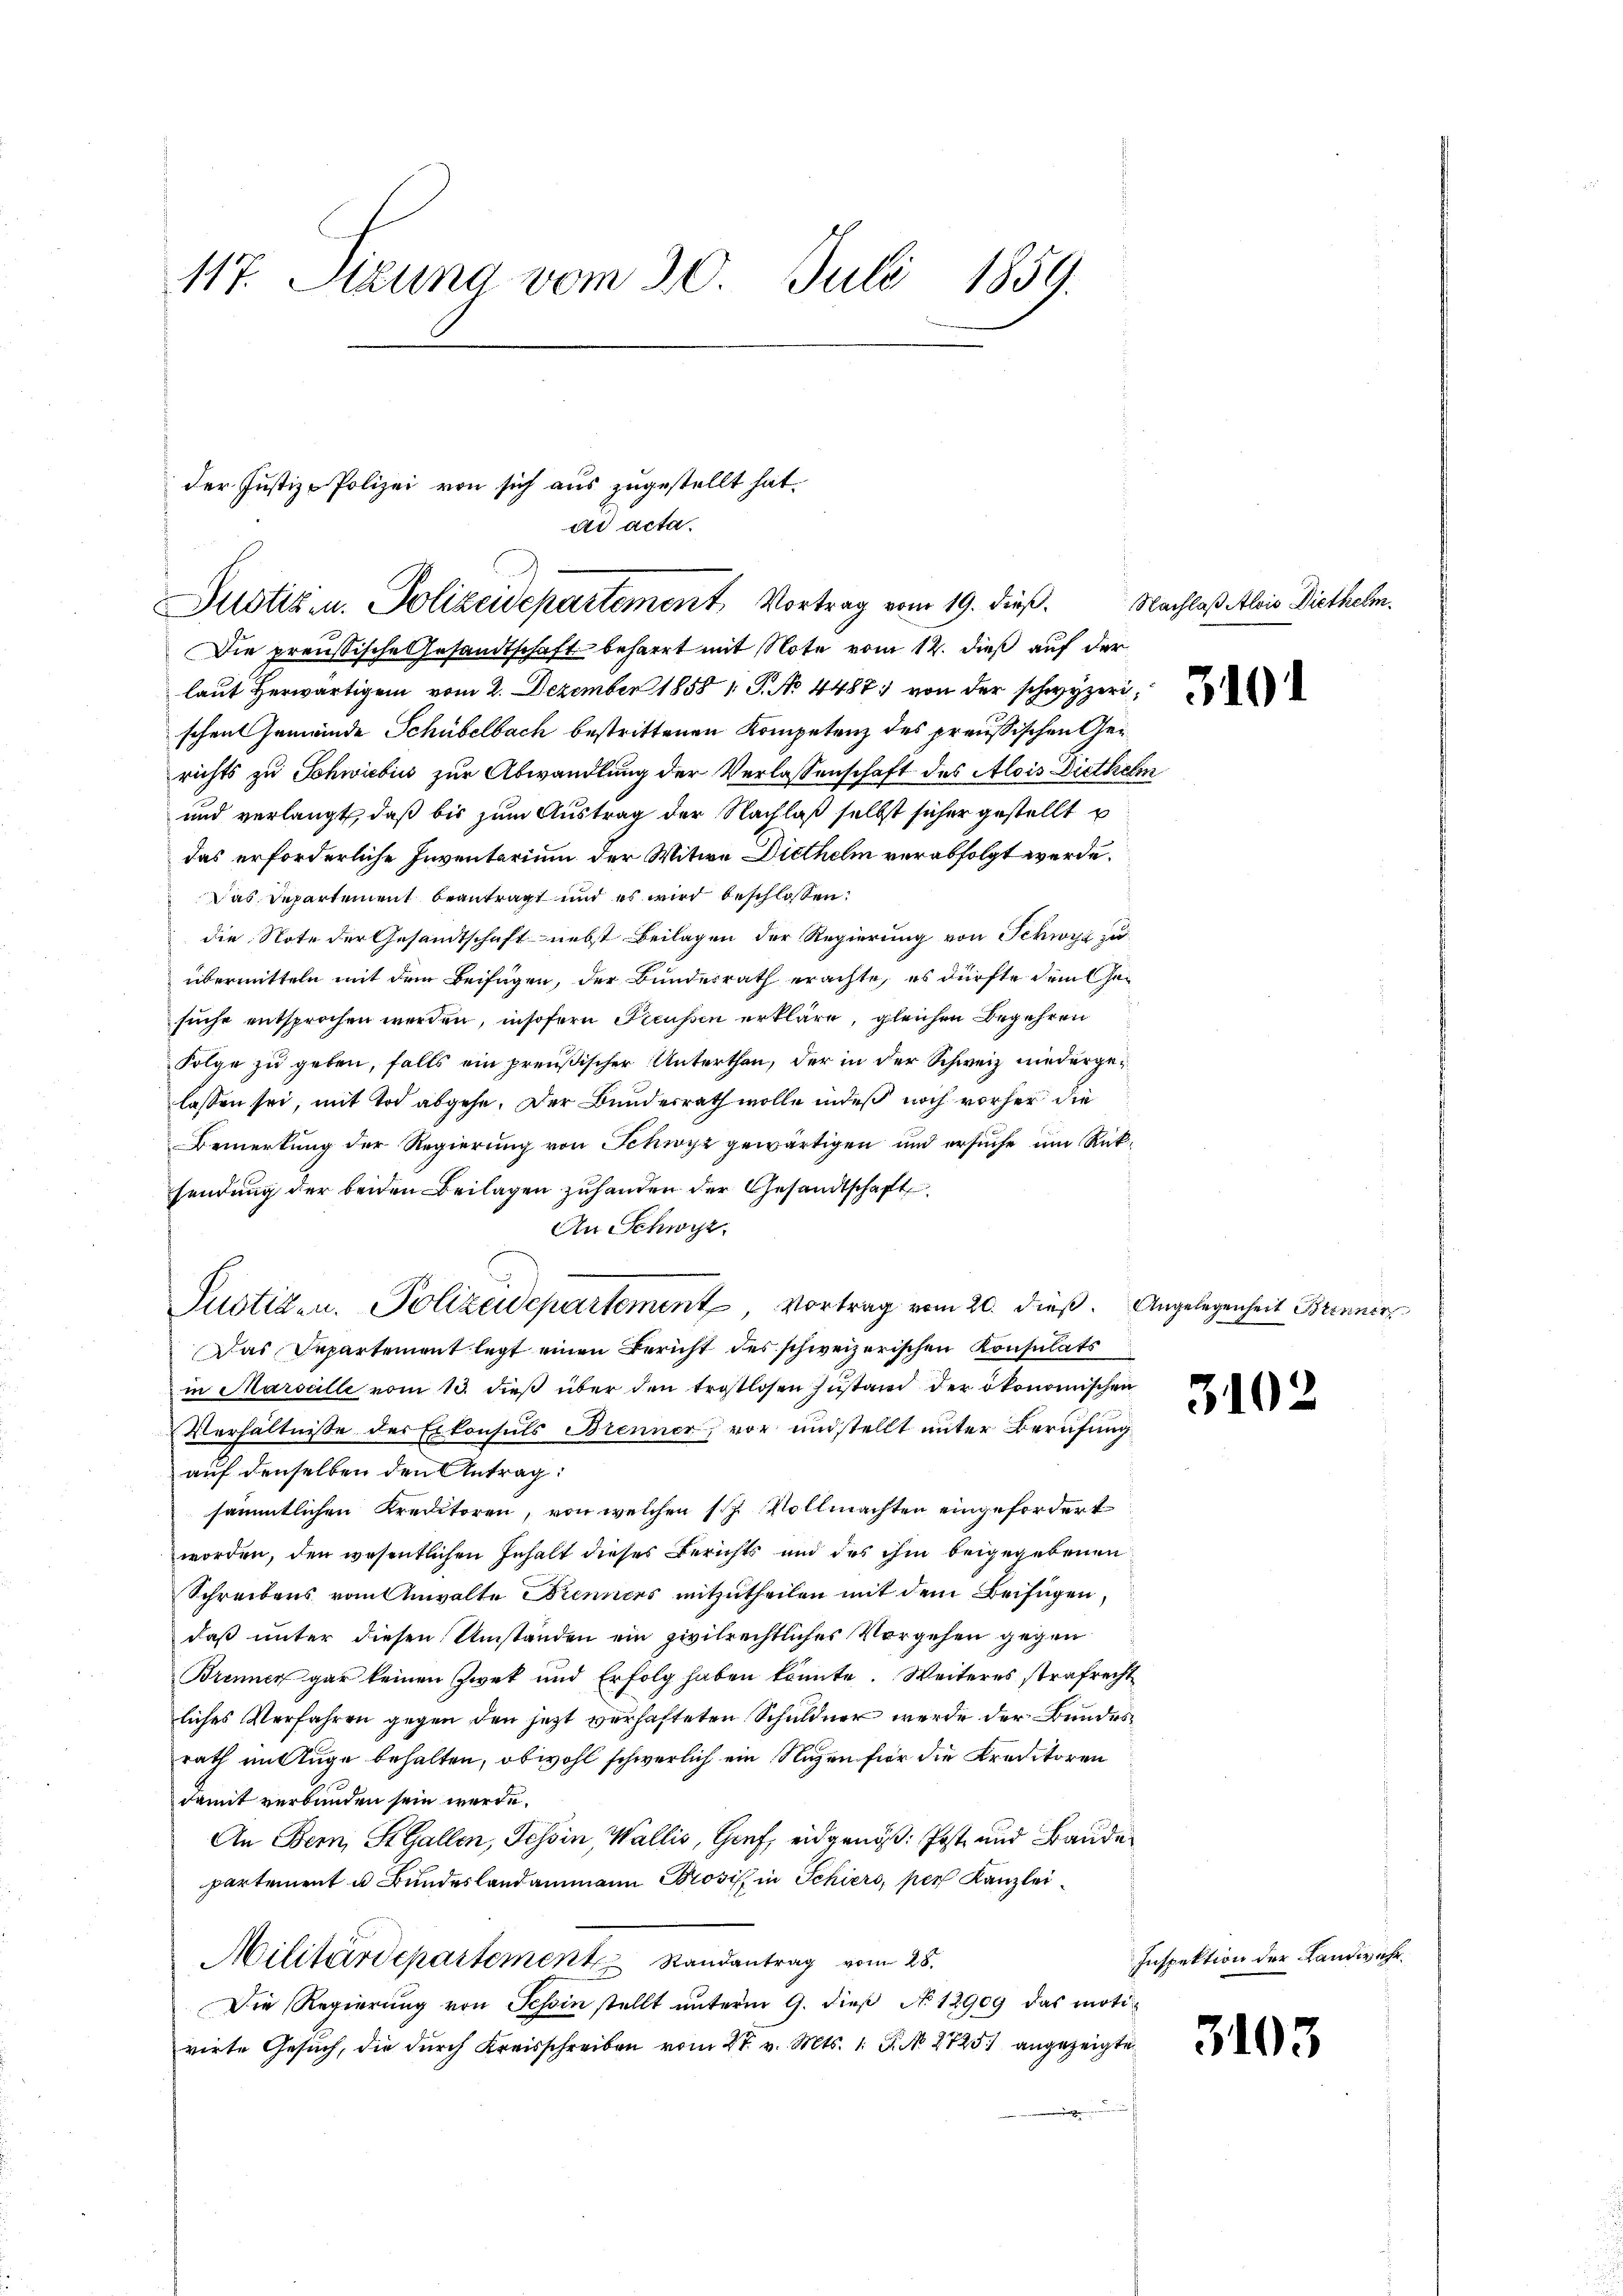
117. Sizung vom 20. Juli 1859.

der Justiz-Polizei von sich aus zugestellt hat.
ad acta.
Justiz in Polizeidepartement, Vortrag vom 19. dieß.

Die preußische Gesandtschaft beharrt mit Note vom 12. dieß auf der
laut herwärtigen vom 2. Dezember 1858 1 S. No 4487 von der schwyzeri
schen Gemeinde Schübelbach bestrittenen Kompetenz des preussischen Gerichts zu Schwiebis zur Abwandlung der Verlassenschaft des Alois Dietheln
und verlangt, daß bis zum Austrag der Nachlaß selbst sicher gestellt u
das erforderliche Inventarium der Witwe Diethelm verabfolgt werde.
Das Departement beantragt und es wird beschlossen:
die Note der Gesandtschaft nebst Beilagen der Regierung von Schwyz zu
übermitteln mit dem Beifügen, der Bundesrath erachte, es dürfte dem Gesuche entsprochen werden, insofern Preussen erkläre, gleichen Begehren
Folge zŭ geben, falls ein preußischer Unterthan, der in der Schweiz niedergelassen sei, mit Tod abgehe. Der Bundesrath wolle indeß noch vorher die
Bemerkung der Regierung von Schwyz gewärtigen und ersuche um Rücksendung der beiden Beilagen zuhanden der Gesandtschaft
An Schwyz.
Justiz- u. Polizeidepartement Vortrag vom 20. dieß. Angelegenheit Brenner
Das Departement legt einen Bericht des schweizerischen Konsulats
in Marsalle vom 13. dieβ über den trostlosen Zustand der ökonomischen
Verhältnisse der Exkonsuls Brenner, vor und stellt unter Berufung
auf denselben den Antrag:
sämmtlichen Kreditoren, von welchen s. Z. Vollmachten eingefordert
worden, den wesentlichen Inhalt dieses Berichts und des ihm beigegebenen
Schreibens vom Anwalte Brenners mitzutheilen mit dem Beifügen,
daß unter diesen Umständen ein zivilrechtliches Vorgehen gegen
Brenner gar keinen Zwek und Erfolg haben könnte. Weiteres strafrecht
liches Verfahren gegen den jetzt verhafteten Schuldner werde der Bundesrath mituge behalten, obwohl schwerlich ein Nuzen für die Kreditoren
damit verbunden sein werde.
An Bern, St. Gallen, Tessin, Wallis, Graf, eidgenöß: Post und Baude
partement u. Bundeslandammann Prosis in Schiers, per Kanzlei¬
Militärdepartement Randantrag vom 28.
Die Regierung von Schin stellt unterm 9. dieß No 12909 das motivirte Gesuch, die durch Kreisschreiben vom 27. v. Mts. 1 S. N. 2725. angezeigte

Nachlaß Alois Diethelm

3102

Inspektion der Landwehr.

3103